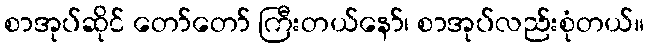
စာအုပ်ဆိုင် တော်တော် ကြီးတယ်နော်၊ စာအုပ်လည်းစုံတယ်။